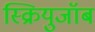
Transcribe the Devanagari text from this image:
स्क्रियुजॉब